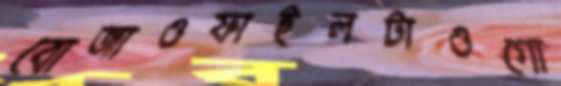
বোজাওফাইলটাওগো